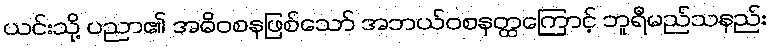
ယင်းသို့ ပညာ၏ အဓိဝစနဖြစ်သော် အဘယ်ဝစနတ္ထကြောင့် ဘူရီမည်သနည်း